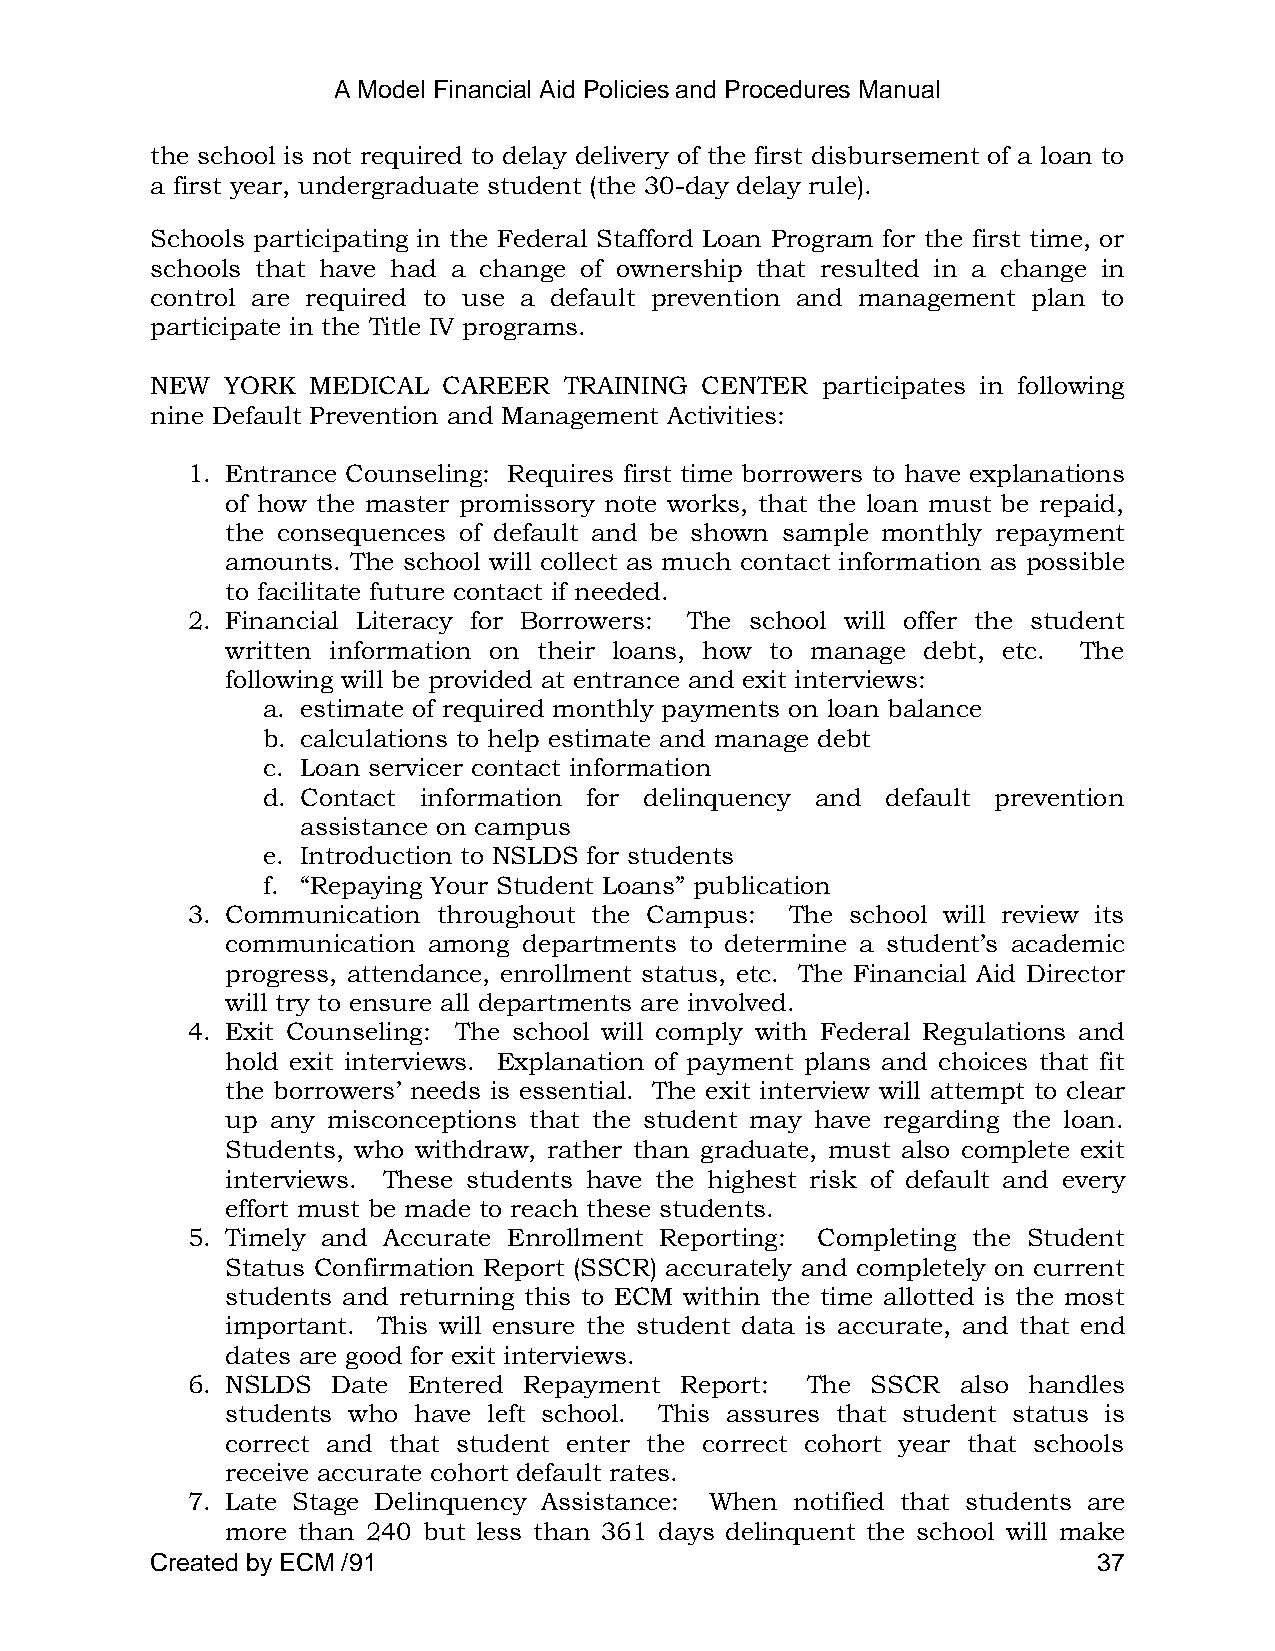
A Model Financial Aid Policies and Procedures Manual
 the school is not required to delay delivery of the first disbursement of a loan to
 a first year, undergraduate student (the 30-day delay rule).
 Schools participating in the Federal Stafford Loan Program for the first time, or
 schools that have had a change of ownership that resulted in a change in
 control are required to use a default prevention and management plan to
 participate in the Title IV programs.
 NEW  YORK MEDICAL  CAREER  TRAINING CENTER  participates in following
 nine Default Prevention and Management Activities:
 1. Entrance Counseling: Requires first time borrowers to have explanations
 of how the master promissory note works, that the loan must be repaid,
 the consequences of default and be shown sample monthly repayment
 amounts. The school will collect as much contact information as possible
 to facilitate future contact if needed.
 2. Financial Literacy for Borrowers: The school will offer the student
 written information on their loans, how to manage debt, etc. The
 following will be provided at entrance and exit interviews:
 a. estimate of required monthly payments on loan balance
 b. calculations to help estimate and manage debt
 c. Loan servicer contact information
 d. Contact information for delinquency and default prevention
 assistance on campus
 e. Introduction to NSLDS for students
 f. ―Repaying Your Student Loans‖ publication
 3. Communication throughout the Campus: The school will review its
 communication among departments to determine a student‘s academic
 progress, attendance, enrollment status, etc. The Financial Aid Director
 will try to ensure all departments are involved.
 4. Exit Counseling: The school will comply with Federal Regulations and
 hold exit interviews. Explanation of payment plans and choices that fit
 the borrowers‘ needs is essential. The exit interview will attempt to clear
 up any misconceptions that the student may have regarding the loan.
 Students, who withdraw, rather than graduate, must also complete exit
 interviews. These students have the highest risk of default and every
 effort must be made to reach these students.
 5. Timely and Accurate Enrollment Reporting: Completing the Student
 Status Confirmation Report (SSCR) accurately and completely on current
 students and returning this to ECM within the time allotted is the most
 important. This will ensure the student data is accurate, and that end
 dates are good for exit interviews.
 6. NSLDS  Date Entered Repayment Report: The  SSCR  also handles
 students who have left school. This assures that student status is
 correct and that student enter the correct cohort year that schools
 receive accurate cohort default rates.
 7. Late Stage Delinquency Assistance: When notified that students are
 more than 240 but less than 361 days delinquent the school will make
 Created by ECM /91                                             37